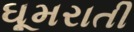
ઘૂમરાતી